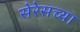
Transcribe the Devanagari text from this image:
सेरेसच्या